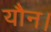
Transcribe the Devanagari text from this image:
यौन।